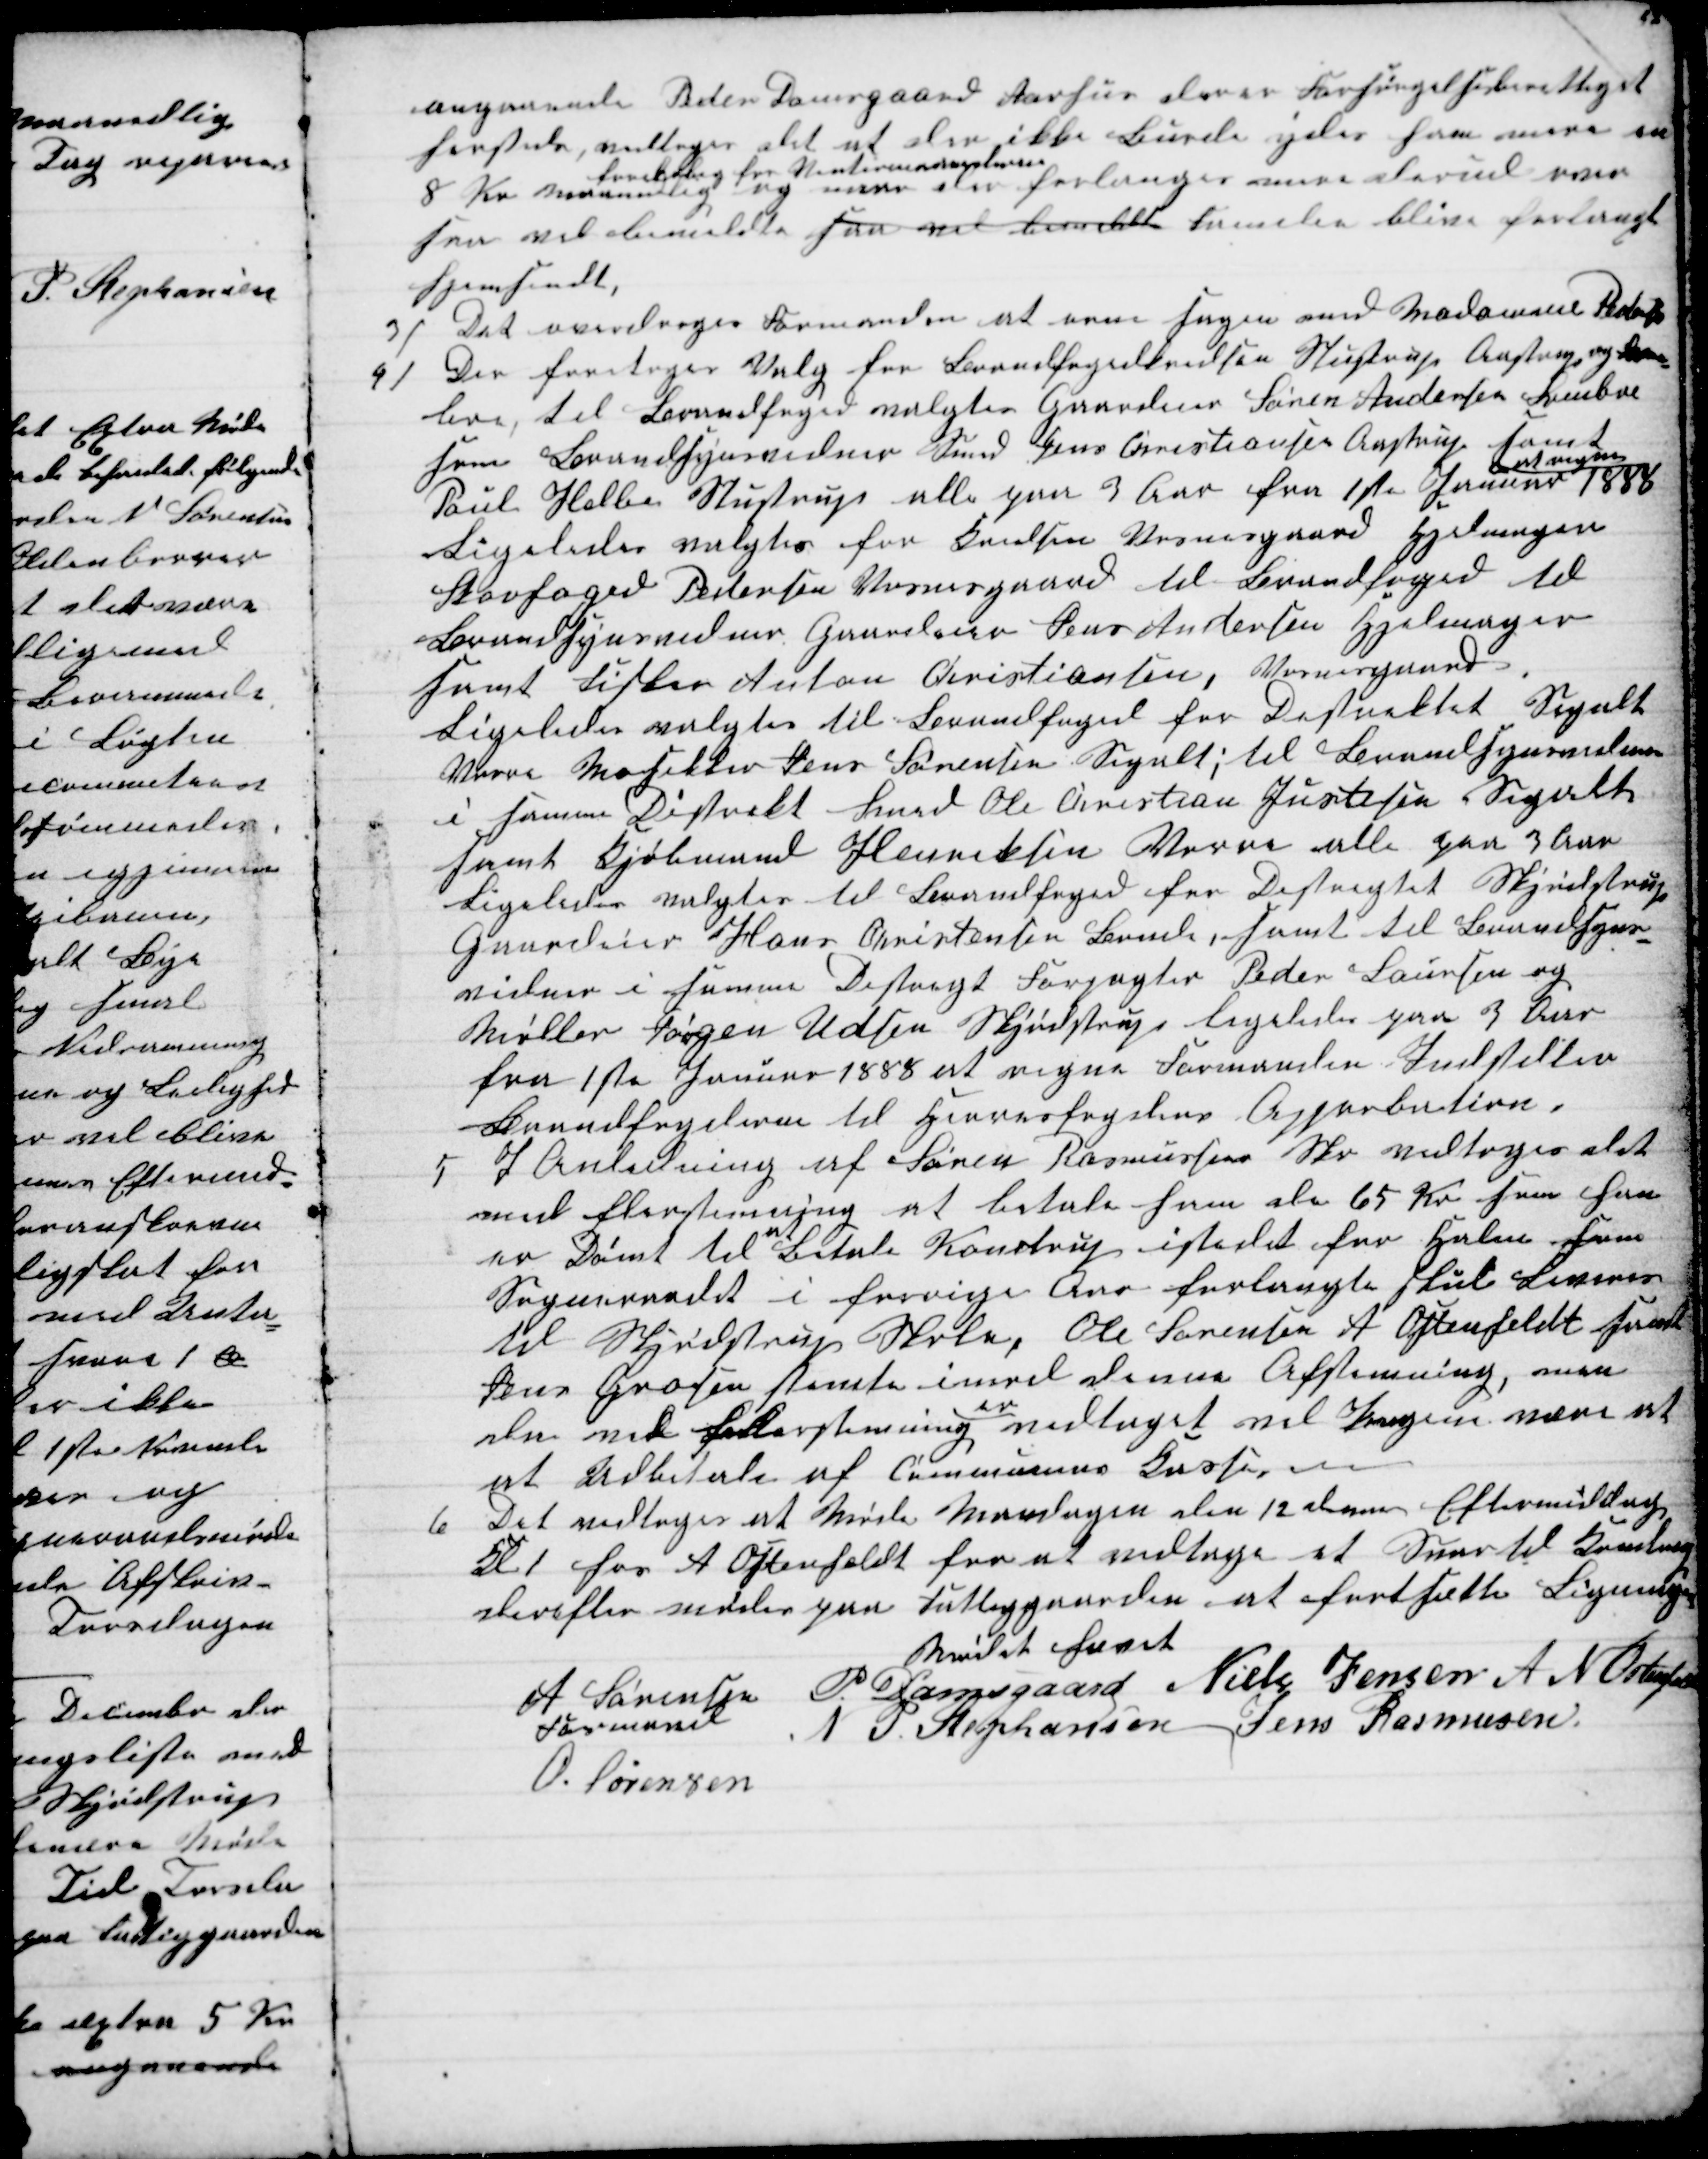
Transskription:
angaaende Peder Damsgaard Aarhus der er Forsørgelsesberettiget
hersteds, vedtoges det at der ikke Burde ydes ham mere en
8 Kr maanedlig 
foreløbig for Vintermaanederne
og naar der forlanges mere derudover
saa vil bemeldte saa vil bemeldt Familie blive forlangt
hjemsendt,
3)
Det overdroges Formanden at orne sagen med Madamme Pedersen
4)
Der foretoges Valg for Brandfogedkredsen Stustrup Aastrup og Svin-
boe, til Brandfoged valgtes Gaardeier Søren Andersen Svinboe
som Brandsynsvidner Smed Jens Christiansen Aastrup samt
Poul Helbo Stustrup alle paa 3 Aar fra 1ste Januar 1888
at regne
Ligeledes valgtes for Kredsen Vosnesgaard Hjelmager
Skovfoged Pedersen Vosnesgaard til Brandfoged til
Brandsynsvidner Gaardeier Jens Andersen Hjelmager
samt Fisker Anton Christiansen, Vosnesgaard.
Ligeledes valgtes til Brandfoged for Distrektet Segalt
Vorre Mosikker Jens Sørensen Segalt; til Brandsynsvidner
i samme Distrekt Smed Ole Christian Justesen Segalt
samt Kjøbmand Henriksen Vorre alle paa 3 Aar
Ligeledes valgtes til Brandfoged for Distregtet Skjødstrup
Gaardeier Hans Christensen Bonde samt til Brandsyns-
vidner i samme Destregt Forpagter Peder Laursen og
Møller Jørgen Udsen Skjødstrup ligeledes paa 3 Aar
fra 1ste Januar 1888 at regne Formanden Indstiller
Brandfogderne til Herresfogdens Approbation.
5 I Anledning af Søren Rasmussen Skr vedtoges det
ved flerstemmig at betale ham de 65 Kr som han
er Dømt til 
at
betale Kondrup istedet for Halm som
Sogneraadet i forrige Aar forlangte skul Leveres
til Skjødstrup Skole, Ole Sørensen A Oftenfeldt samt
Jens Grosen stemte imod denne Afstemning, men
da ved flerstemning 
er
vedtaget vil Pengen være at
at Udbetale af Communens Kasser
6
Det vedtoges at Møde Mandagen den 12 dennes Eftermiddag
Kl 1 hos A Ostenfeldt for at vedtage et Svar til Kondrup
derefter mødes paa Fattiggaarden at fortsætte Ligningen
Mødet hævet
A Sørensen
Formand
P. Damsgaard Niels Jensen A N Ostenfeld
N P. Stephansen Jens Rasmusen
O. Sørensen